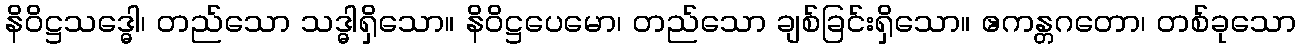
နိဝိဋ္ဌသဒ္ဓေါ၊ တည်သော သဒ္ဓါရှိသော။ နိဝိဋ္ဌပေမော၊ တည်သော ချစ်ခြင်းရှိသော။ ဧကန္တဂတော၊ တစ်ခုသော